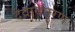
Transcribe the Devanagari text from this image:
दैवावतरण